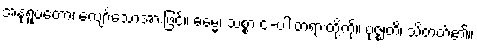
အနုရူပတော၊ လျော်သောအားဖြင့်။ ဓမ္မေ၊ သစ္စာ ၄-ပါးတရားတို့ကို။ ဗုဇ္ဈတိ၊ သိတတ်၏။